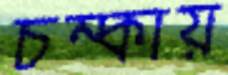
চম্‌কায়